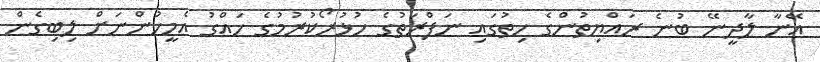
އޭނާ ލާދީނޭ ބުނެ ރައްޔިތުންގެ ހިތުގައި ނަފްރަތުގެ ހުޅުރޯކުރުމުގެ ހައްގު އެމީހުންނަށް ލިބިގެން